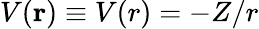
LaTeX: V(\textbf{r})\equiv V(r)=-Z/r